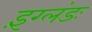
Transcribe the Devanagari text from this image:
इंग्लंडः